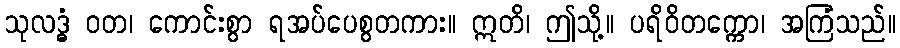
သုလဒ္ဓံ ဝတ၊ ကောင်းစွာ ရအပ်ပေစွတကား။ ဣတိ၊ ဤသို့။ ပရိဝိတက္ကော၊ အကြံသည်။